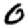
Digit: 0